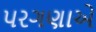
પરગણાએ